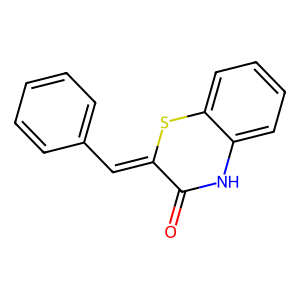
SMILES: O=C1Nc2ccccc2SC1=Cc1ccccc1
Inhibits HIV replication: No